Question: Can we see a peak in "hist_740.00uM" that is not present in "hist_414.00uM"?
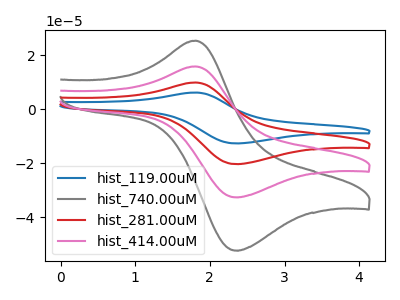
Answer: <think>The blue curve "hist_119.00uM" has an anodic peak at (1.80V, 47.35uA) and a cathodic peak at (2.35V, -97.90uA). The gray curve "hist_740.00uM" has an anodic peak at (1.80V, 25.30uA) and a cathodic peak at (2.35V, -52.35uA). The red curve "hist_281.00uM" has an anodic peak at (1.80V, 31.55uA) and a cathodic peak at (2.35V, -65.25uA). The pink curve "hist_414.00uM" has an anodic peak at (1.80V, 15.80uA) and a cathodic peak at (2.35V, -32.65uA).
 All the peaks in "hist_740.00uM" have a peak in "hist_414.00uM" at the same potential. Every peak in "hist_740.00uM" is higher than every peak in "hist_414.00uM".</think>
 <answer>No, "hist_740.00uM" and "hist_414.00uM" don't appear to be significantly different in shape</answer>
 <eval>no_change</eval>